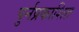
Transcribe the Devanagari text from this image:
पुर्नप्रकाशित